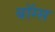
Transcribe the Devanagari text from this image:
बॉग्स